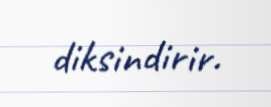
diksindirir.